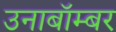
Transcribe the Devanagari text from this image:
उनाबॉम्बर